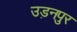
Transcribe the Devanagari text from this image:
उड़नपुर